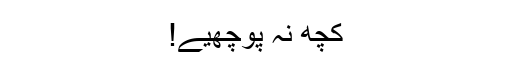
کچھ نہ پوچھیے!